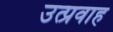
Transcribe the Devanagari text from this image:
उत्प्रवाह